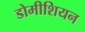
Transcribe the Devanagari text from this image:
डोमीशियन